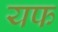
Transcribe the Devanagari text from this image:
यफ